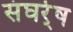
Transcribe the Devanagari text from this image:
संघर्र्ष